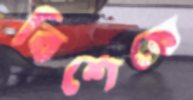
বিশেষে